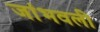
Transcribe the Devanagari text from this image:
जांभवली